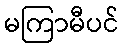
မကြာမီပင်